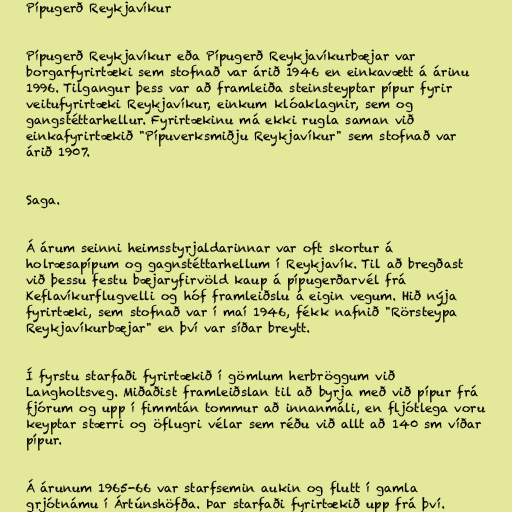
Pípugerð Reykjavíkur

Pípugerð Reykjavíkur eða Pípugerð Reykjavíkurbæjar var
borgarfyrirtæki sem stofnað var árið 1946 en einkavætt á árinu
1996. Tilgangur þess var að framleiða steinsteyptar pípur fyrir
veitufyrirtæki Reykjavíkur, einkum klóaklagnir, sem og
gangstéttarhellur. Fyrirtækinu má ekki rugla saman við
einkafyrirtækið "Pípuverksmiðju Reykjavíkur" sem stofnað var
árið 1907.

Saga.

Á árum seinni heimsstyrjaldarinnar var oft skortur á
holræsapípum og gagnstéttarhellum í Reykjavík. Til að bregðast
við þessu festu bæjaryfirvöld kaup á pípugerðarvél frá
Keflavíkurflugvelli og hóf framleiðslu á eigin vegum. Hið nýja
fyrirtæki, sem stofnað var í maí 1946, fékk nafnið "Rörsteypa
Reykjavíkurbæjar" en því var síðar breytt.

Í fyrstu starfaði fyrirtækið í gömlum herbröggum við
Langholtsveg. Miðaðist framleiðslan til að byrja með við pípur frá
fjórum og upp í fimmtán tommur að innanmáli, en fljótlega voru
keyptar stærri og öflugri vélar sem réðu við allt að 140 sm víðar
pípur.

Á árunum 1965-66 var starfsemin aukin og flutt í gamla
grjótnámu í Ártúnshöfða. Þar starfaði fyrirtækið upp frá því.